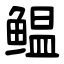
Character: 鳁